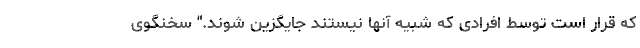
که قرار است توسط افرادی که شبیه آنها نیستند جایگزین شوند." سخنگوی